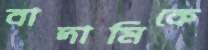
বাদামিকে